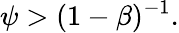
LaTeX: \psi>(1-\beta)^{-1}.